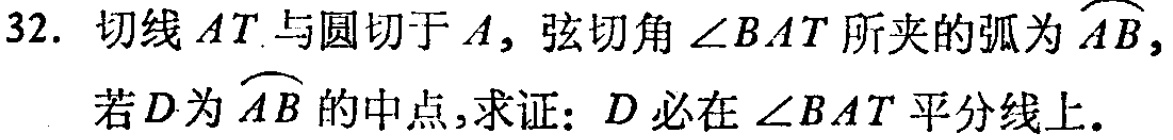
32. 切线\(AT\)与圆切于\(A\)，弦切角\(\angle BAT\)所夹的弧为\(\overset{\frown}{AB}\)，若\(D\)为\(\overset{\frown}{AB}\)的中点，求证：\(D\)必在\(\angle BAT\)平分线上.